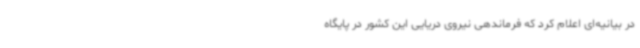
در بیانیه‌ای اعلام کرد که فرماندهی نیروی دریایی این کشور در پایگاه